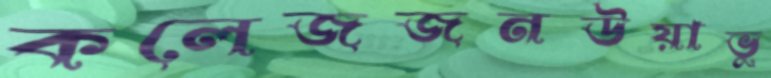
কলেজজনউয়াভু